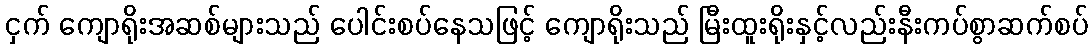
ငှက် ကျောရိုးအဆစ်များသည် ပေါင်းစပ်နေသဖြင့် ကျောရိုးသည် မြီးထူးရိုးနှင့်လည်းနီးကပ်စွာဆက်စပ်